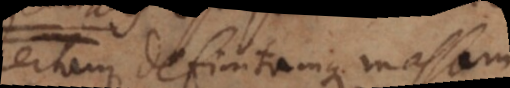
certam definitamque massam